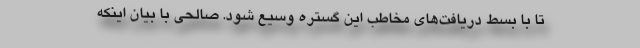
تا با بسط دریافت‌های مخاطب این گستره وسیع شود. صالحی با بیان اینکه